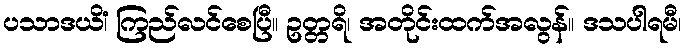
ပသာဒယိံ၊ ကြည်လင်စေပြီ။ ဥတ္တရိ၊ အတိုင်းထက်အလွန်။ ဒသပါရမီ၊